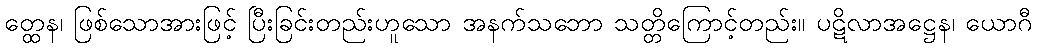
တ္ထေန၊ ဖြစ်သောအားဖြင့် ပြီးခြင်းတည်းဟူသော အနက်သဘော သတ္တိကြောင့်တည်း။ ပဋိလာအဋ္ဌေန၊ ယောဂီ